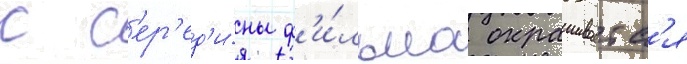
с с'ер'ед'и́ны ф'и́льма окрашиваетс'я